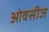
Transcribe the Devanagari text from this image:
ओवसीज